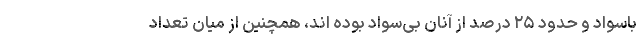
باسواد و حدود ۲۵ درصد از آنان بی‌سواد بوده اند، همچنین از میان تعداد